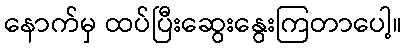
နောက်မှ ထပ်ပြီးဆွေးနွေးကြတာပေါ့။